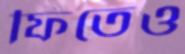
ফিতেও